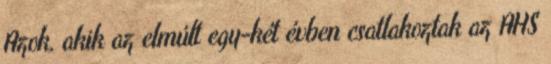
Azok, akik az elmúlt egy-két évben csatlakoztak az AHS